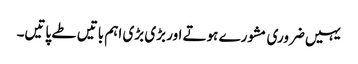
یہیں ضروری مشورے ہوتے اور بڑی بڑی اہم باتیں طے پاتیں۔